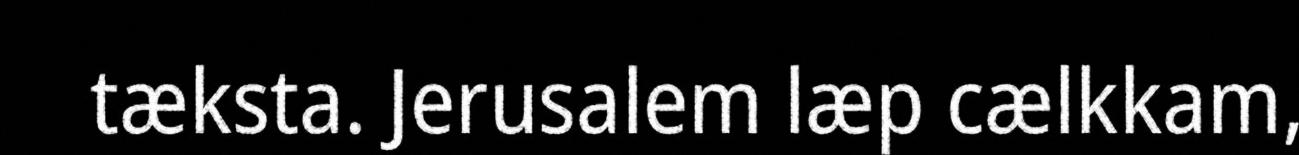
tæksta. Jerusalem læp cælkkam,